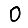
Digit: 0